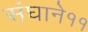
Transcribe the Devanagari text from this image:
संघाने११